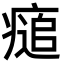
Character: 㾽